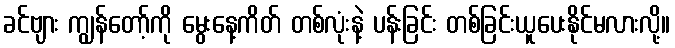
ခင်ဗျား ကျွန်တော့်ကို မွေးနေ့ကိတ် တစ်လုံးနဲ့ ပန်းခြင်း တစ်ခြင်းယူပေးနိုင်မလားလို့။